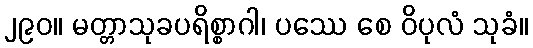
၂၉၀။ မတ္တာသုခပရိစ္စာဂါ၊ ပဿေ စေ ဝိပုလံ သုခံ။